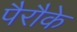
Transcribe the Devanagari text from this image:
पैरौके